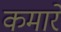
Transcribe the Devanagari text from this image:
कमारे